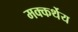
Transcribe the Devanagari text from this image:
मक्कर्थेय